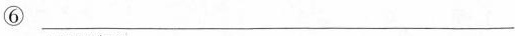
⑥___